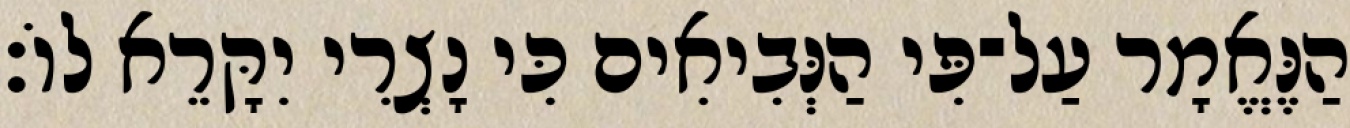
הַנֶּאֱמָר עַל־פִּי הַנְּבִיאִים כִּי נָצְרִי יִקָּרֵא לוֹ׃